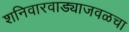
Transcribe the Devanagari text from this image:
शनिवारवाड्याजवळचा